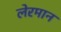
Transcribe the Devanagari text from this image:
लेरमान